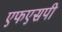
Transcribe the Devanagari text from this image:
एफएसपी